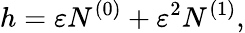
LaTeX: h=\varepsilon N^{(0)}+\varepsilon^{2}N^{(1)},